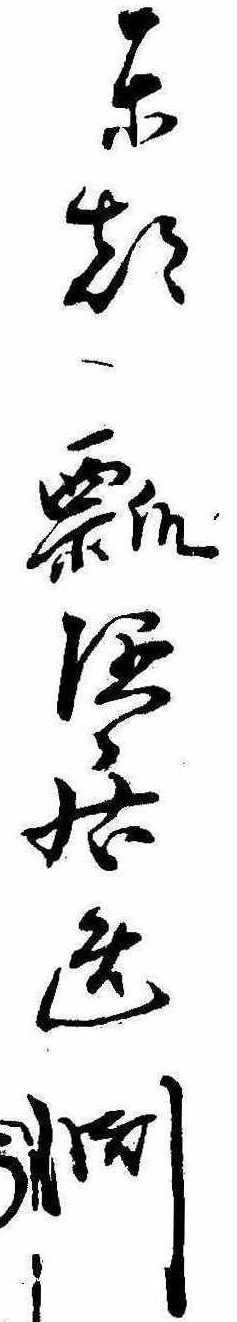
東都瓢隠居逸淵